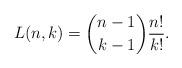
LaTeX: \begin{align*}L(n,k)=\binom{n-1}{k-1}\frac{n!}{k!}.\end{align*}